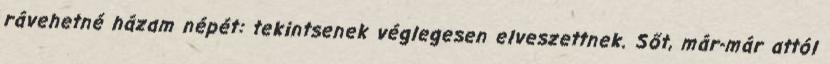
rávehetné házam népét: tekintsenek véglegesen elveszettnek. Sőt, már-már attól